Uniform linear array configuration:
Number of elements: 12
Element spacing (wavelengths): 0.5
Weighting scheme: exponential
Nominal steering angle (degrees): -45
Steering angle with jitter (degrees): -44.797
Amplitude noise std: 0.05
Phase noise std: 0.05

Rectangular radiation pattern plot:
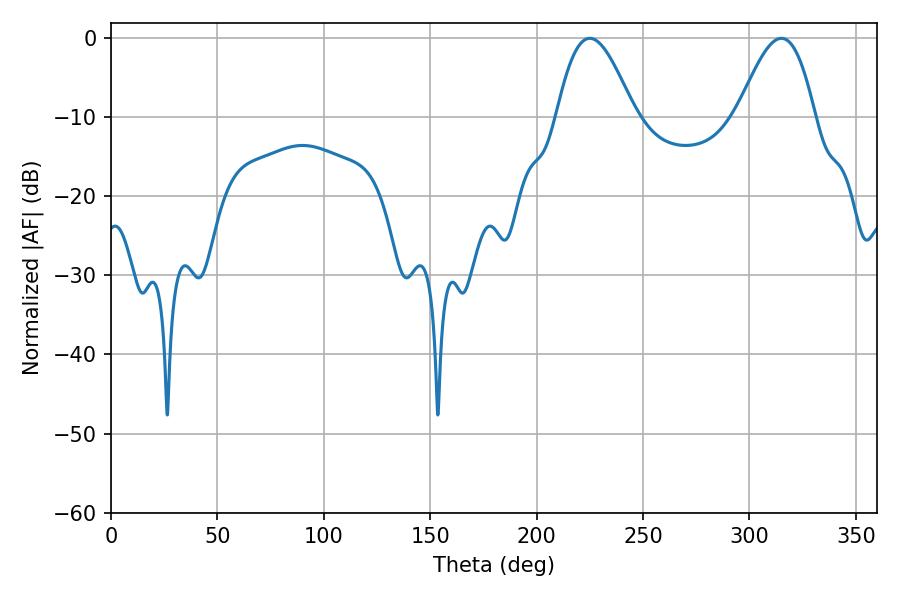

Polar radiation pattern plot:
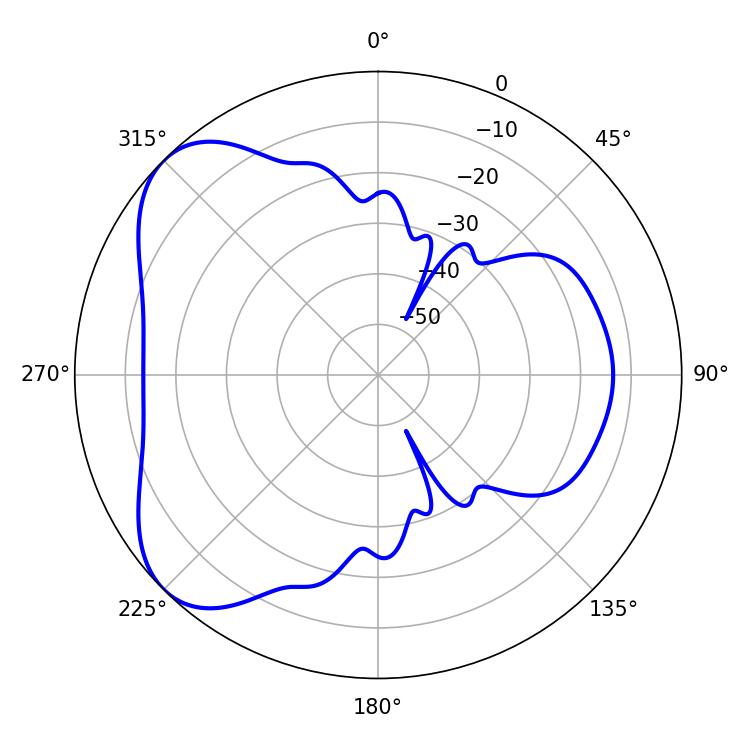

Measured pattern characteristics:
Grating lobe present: FALSE
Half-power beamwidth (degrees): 19.62
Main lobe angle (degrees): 225